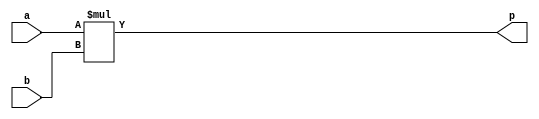
module myproject_mul_mul_16s_9s_25_1_1_DSP48_1(a, b, p);
input signed [16 - 1 : 0] a;
input signed [9 - 1 : 0] b;
output signed [25 - 1 : 0] p;

assign p = $signed (a) * $signed (b);

endmodule